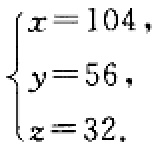
\(\begin{cases}
x = 104,\\
y = 56,\\
z = 32.
\end{cases}\)